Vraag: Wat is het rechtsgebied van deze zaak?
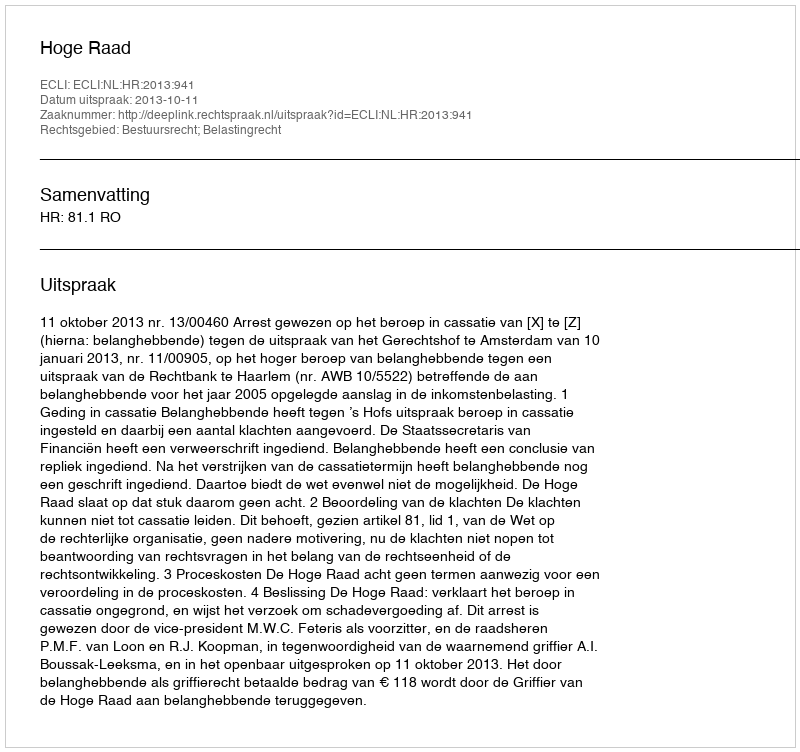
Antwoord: Bestuursrecht; Belastingrecht